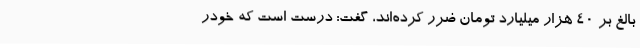
بالغ بر 40 هزار میلیارد تومان ضرر کرده‌اند، گفت: درست است که خودر